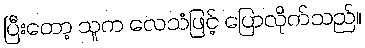
ပြီးတော့ သူက လေသံဖြင့် ပြောလိုက်သည်။